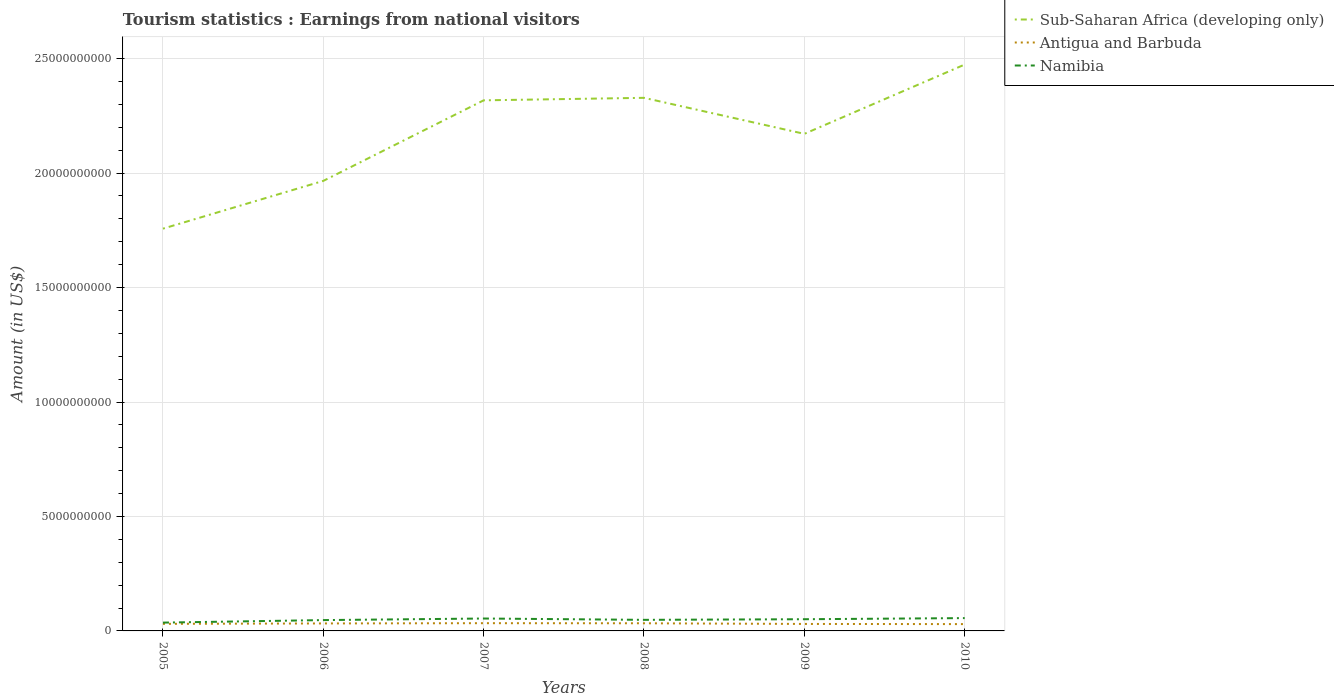
| Years | Sub-Saharan Africa (developing only) | Antigua and Barbuda | Namibia |
 | --- | --- | --- | --- |
 | 2005 | 1.76e+10 | 3.09e+08 | 3.63e+08 |
 | 2006 | 1.97e+10 | 3.27e+08 | 4.73e+08 |
 | 2007 | 2.32e+10 | 3.38e+08 | 5.42e+08 |
 | 2008 | 2.33e+10 | 3.34e+08 | 4.84e+08 |
 | 2009 | 2.17e+10 | 3.05e+08 | 5.11e+08 |
 | 2010 | 2.47e+10 | 2.98e+08 | 5.6e+08 |